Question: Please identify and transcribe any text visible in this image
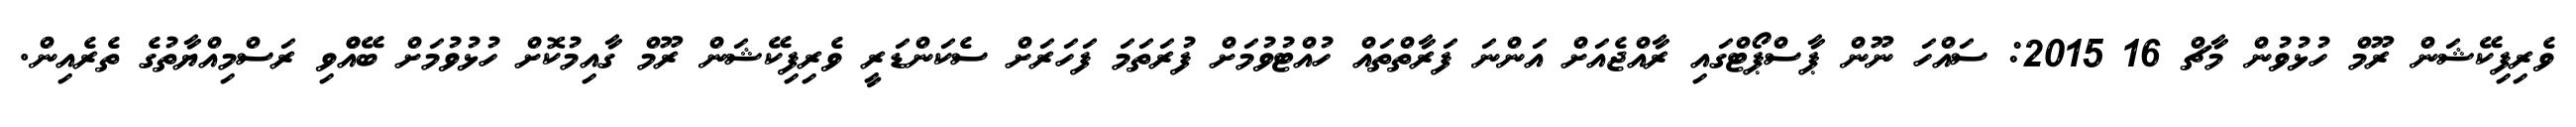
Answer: ވެރިފިކޭޝަން ރޫމް ހުޅުވުން މާޗް 16 2015: ސައްހަ ނޫން ޕާސްޕޯޓްގައި ރާއްޖެއަށް އަންނަ ފަރާތްތައް ހުއްޓުވުމަށް ފުރަތަމަ ފަހަރަށް ސެކަންޑަރީ ވެރިފިކޭޝަން ރޫމް ގާއިމުކޮށް ހުޅުވުމަށް ބޭއްްވި ރަސްމިއްޔާތުގެ ތެރެއިން.